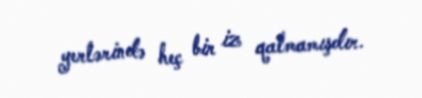
yerlərində heç bir iz qalmamışdır.